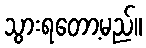
သွားရတော့မည်။